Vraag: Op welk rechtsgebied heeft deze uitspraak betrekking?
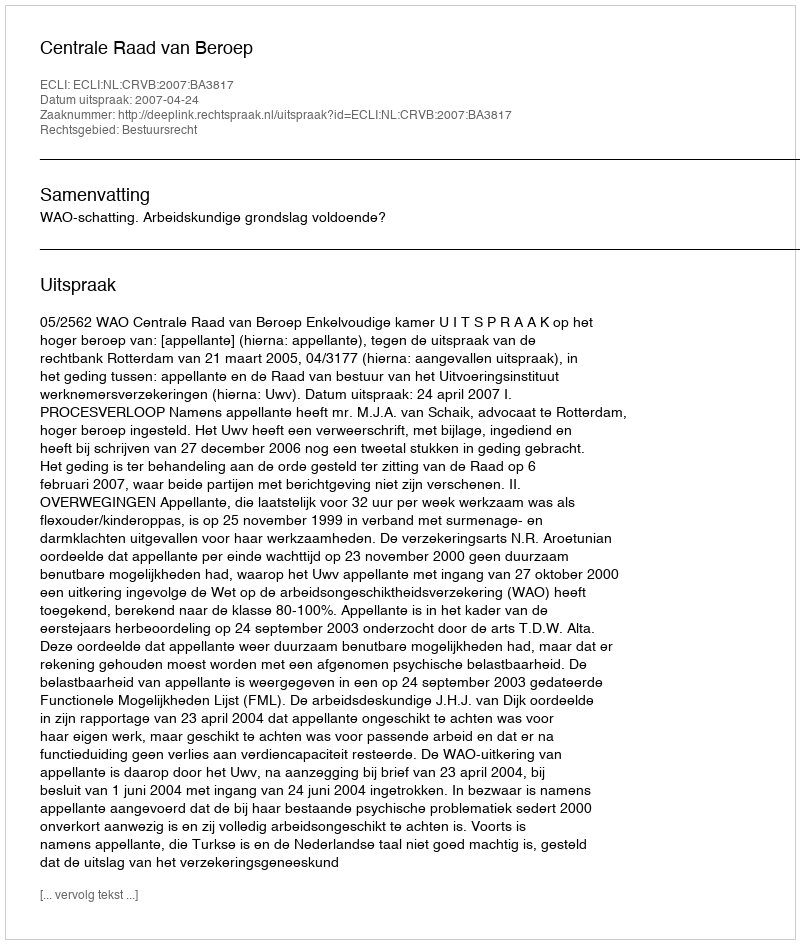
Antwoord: Bestuursrecht